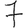
Digit: 7